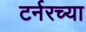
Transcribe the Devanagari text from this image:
टर्नरच्या